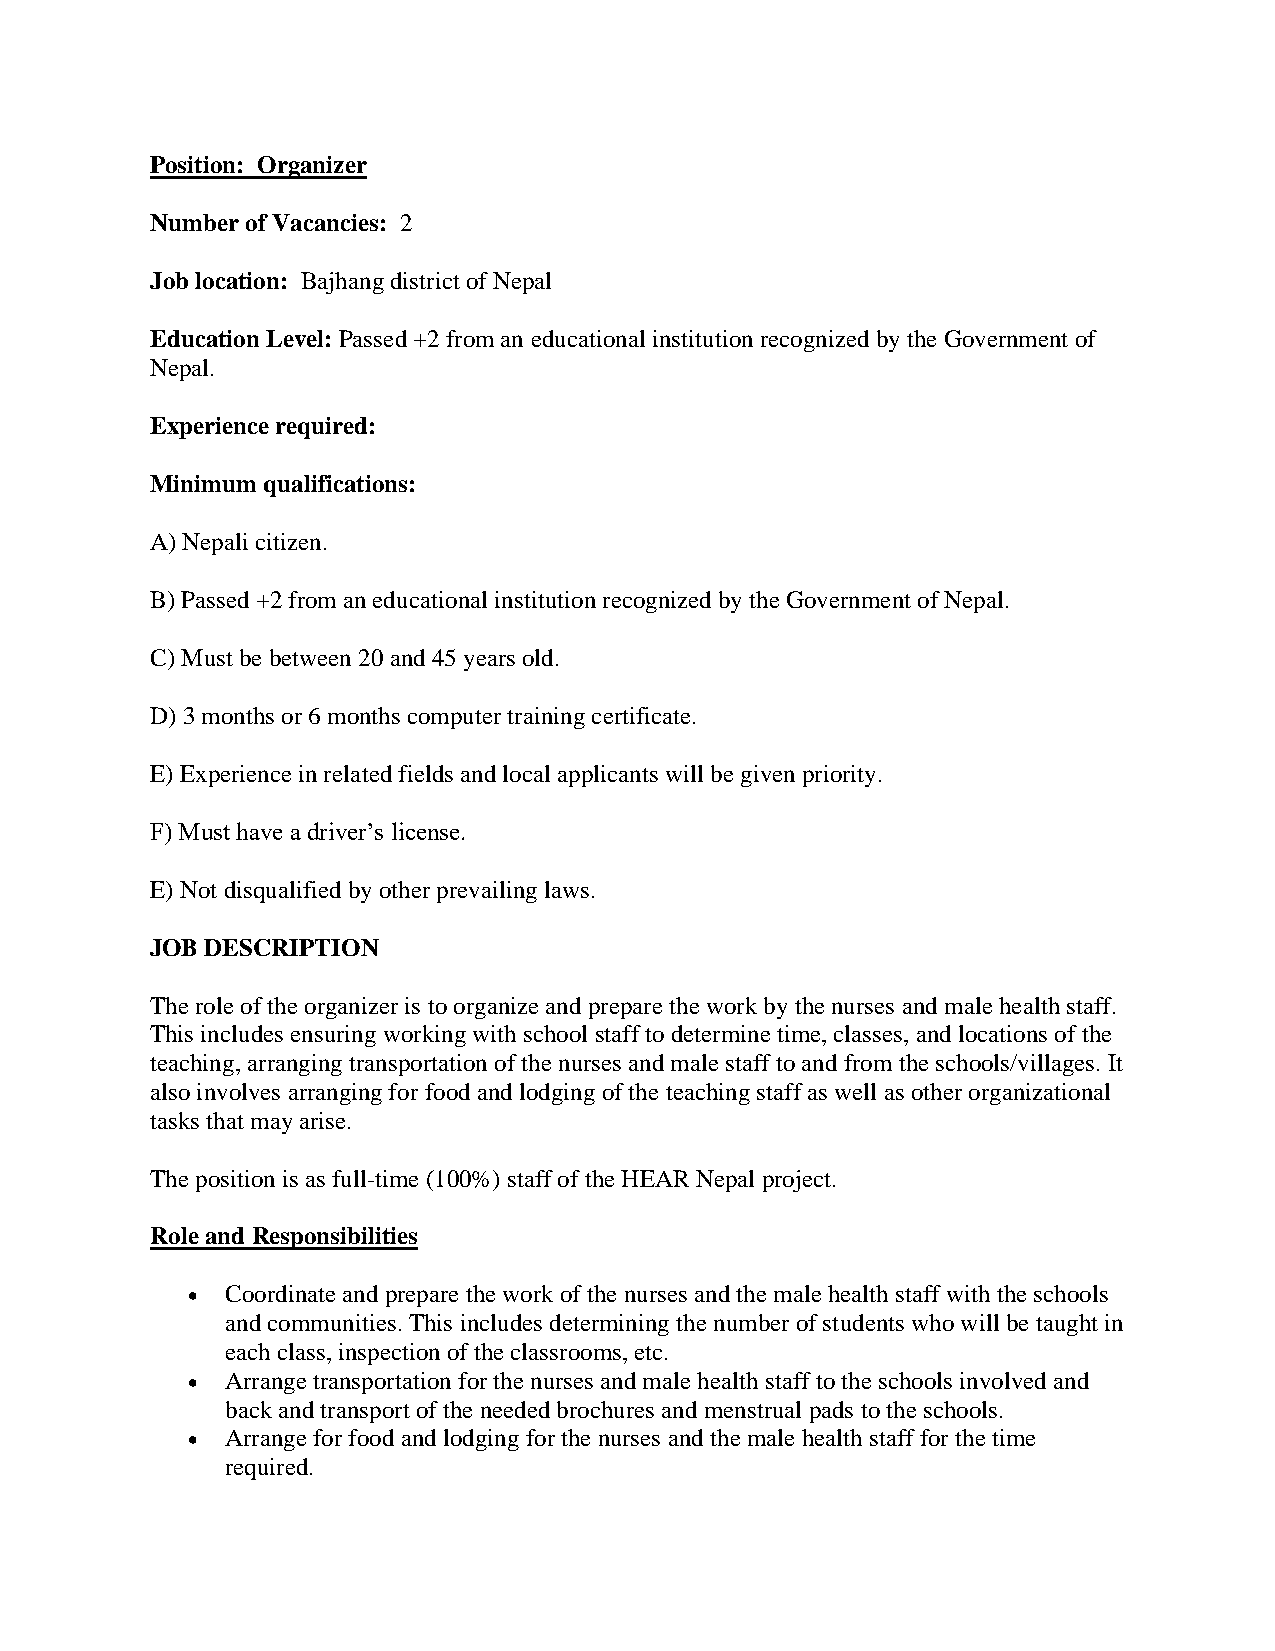
Position: Organizer
 Number of Vacancies: 2
 Job location: Bajhang district of Nepal
 Education Level: Passed +2 from an educational institution recognized by the Government of
 Nepal.
 Experience required:
 Minimum qualifications:
 A) Nepali citizen.
 B) Passed +2 from an educational institution recognized by the Government of Nepal.
 C) Must be between 20 and 45 years old.
 D) 3 months or 6 months computer training certificate.
 E) Experience in related fields and local applicants will be given priority.
 F) Must have a driver’s license.
 E) Not disqualified by other prevailing laws.
 JOB DESCRIPTION
 The role of the organizer is to organize and prepare the work by the nurses and male health staff.
 This includes ensuring working with school staff to determine time, classes, and locations of the
 teaching, arranging transportation of the nurses and male staff to and from the schools/villages. It
 also involves arranging for food and lodging of the teaching staff as well as other organizational
 tasks that may arise.
 The position is as full-time (100%) staff of the HEAR Nepal project.
 Role and Responsibilities
 •  Coordinate and prepare the work of the nurses and the male health staff with the schools
 and communities. This includes determining the number of students who will be taught in
 each class, inspection of the classrooms, etc.
 •  Arrange transportation for the nurses and male health staff to the schools involved and
 back and transport of the needed brochures and menstrual pads to the schools.
 •  Arrange for food and lodging for the nurses and the male health staff for the time
 required.